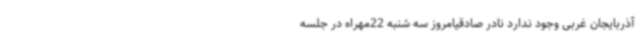
آذربایجان غربی وجود ندارد نادر صادقیامروز سه شنبه 22مهراه در جلسه